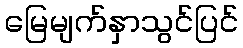
မြေမျက်နှာသွင်ပြင်